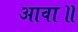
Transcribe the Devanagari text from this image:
आवा॥